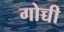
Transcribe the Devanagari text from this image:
गोच्ची